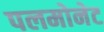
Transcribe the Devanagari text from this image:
पलमोनेट